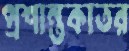
প্রশান্তকাতর